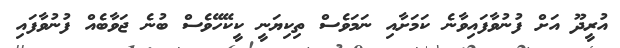
އުރީދޫ އަށް ފުނުވާފައިވާނެ ކަމަށާއި ނަމަވެސް ތިކިޔަނީ ކީކޭހޭވެސް ބުނެ ޖަވާބެއް ފުނުވާފައި